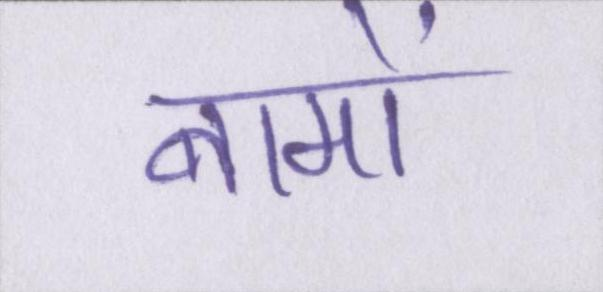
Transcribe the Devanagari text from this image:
नामों